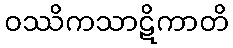
ဝဿိကသာဋိကာတိ